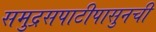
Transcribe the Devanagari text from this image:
समुद्रसपाटीपासुनची